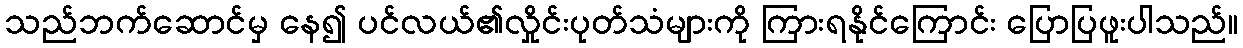
သည်ဘက်ဆောင်မှ နေ၍ ပင်လယ်၏လှိုင်းပုတ်သံများကို ကြားရနိုင်ကြောင်း ပြောပြဖူးပါသည်။